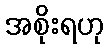
အစိုးရဟု